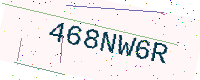
Text: 468NW6R